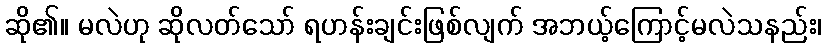
ဆို၏။ မလဲဟု ဆိုလတ်သော် ရဟန်းချင်းဖြစ်လျက် အဘယ့်ကြောင့်မလဲသနည်း၊